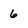
Character: 6